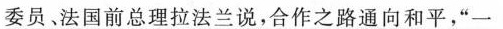
委员﹑法国前总理拉法兰说，合作之路通向和平，”一